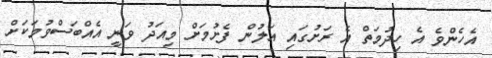
އެހެންވެ އެ ހިދުމަތް އެ ރަށުުގައި އަލުން ފެށުމަށް މިއަދު ވަނީ އެއްބަސްވުމަކަށް